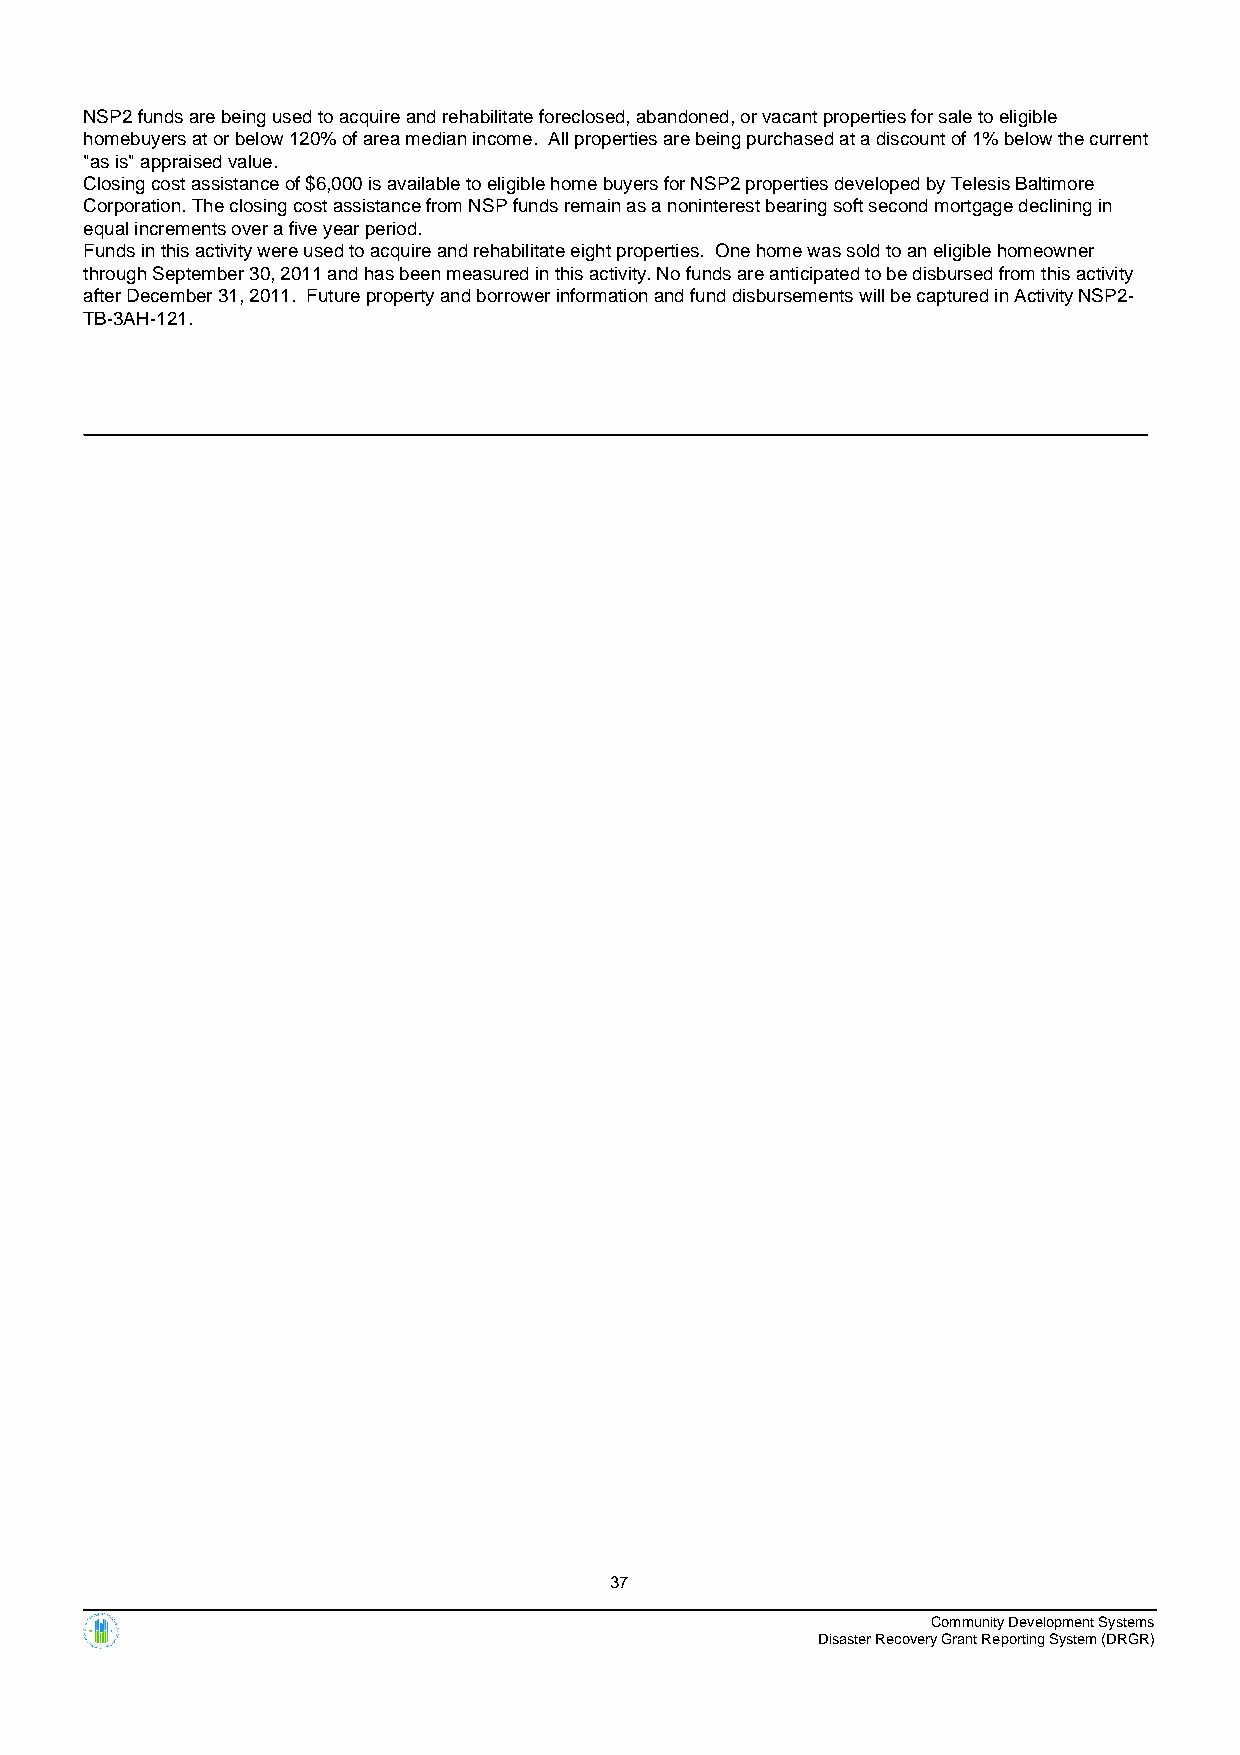
NSP2 funds are being used to acquire and rehabilitate foreclosed, abandoned, or vacant properties for sale to eligible
 homebuyers at or below 120% of area median income. All properties are being purchased at a discount of 1% below the current
 "as is" appraised value.
 Closing cost assistance of $6,000 is available to eligible home buyers for NSP2 properties developed by Telesis Baltimore
 Corporation. The closing cost assistance from NSP funds remain as a noninterest bearing soft second mortgage declining in
 equal increments over a five year period.
 Funds in this activity were used to acquire and rehabilitate eight properties. One home was sold to an eligible homeowner
 through September 30, 2011 and has been measured in this activity. No funds are anticipated to be disbursed from this activity
 after December 31, 2011. Future property and borrower information and fund disbursements will be captured in Activity NSP2-
 TB-3AH-121.
 37
 Community Development Systems
 Disaster Recovery Grant Reporting System (DRGR)